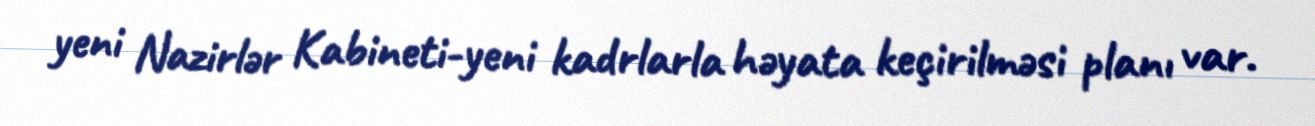
yeni Nazirlər Kabineti-yeni kadrlarla həyata keçirilməsi planı var.